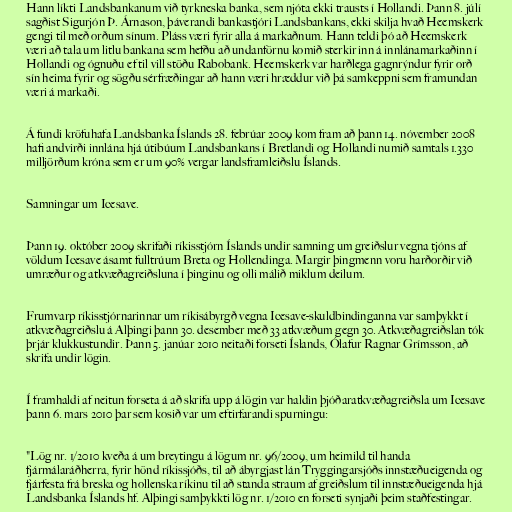
Hann líkti Landsbankanum við tyrkneska banka, sem njóta ekki trausts í Hollandi. Þann 8. júlí
sagðist Sigurjón Þ. Árnason, þáverandi bankastjóri Landsbankans, ekki skilja hvað Heemskerk
gengi til með orðum sínum. Pláss væri fyrir alla á markaðnum. Hann teldi þó að Heemskerk
væri að tala um litlu bankana sem hefðu að undanförnu komið sterkir inn á innlánamarkaðinn í
Hollandi og ógnuðu ef til vill stöðu Rabobank. Heemskerk var harðlega gagnrýndur fyrir orð
sín heima fyrir og sögðu sérfræðingar að hann væri hræddur við þá samkeppni sem framundan
væri á markaði.

Á fundi kröfuhafa Landsbanka Íslands 28. febrúar 2009 kom fram að þann 14. nóvember 2008
hafi andvirði innlána hjá útibúum Landsbankans í Bretlandi og Hollandi numið samtals 1.330
milljörðum króna sem er um 90% vergar landsframleiðslu Íslands.

Samningar um Icesave.

Þann 19. október 2009 skrifaði ríkisstjórn Íslands undir samning um greiðslur vegna tjóns af
völdum Icesave ásamt fulltrúum Breta og Hollendinga. Margir þingmenn voru harðorðir við
umræður og atkvæðagreiðsluna í þinginu og olli málið miklum deilum.

Frumvarp ríkisstjórnarinnar um ríkisábyrgð vegna Icesave-skuldbindinganna var samþykkt í
atkvæðagreiðslu á Alþingi þann 30. desember með 33 atkvæðum gegn 30. Atkvæðagreiðslan tók
þrjár klukkustundir. Þann 5. janúar 2010 neitaði forseti Íslands, Ólafur Ragnar Grímsson, að
skrifa undir lögin.

Í framhaldi af neitun forseta á að skrifa upp á lögin var haldin þjóðaratkvæðagreiðsla um Icesave
þann 6. mars 2010 þar sem kosið var um eftirfarandi spurningu:

"Lög nr. 1/2010 kveða á um breytingu á lögum nr. 96/2009, um heimild til handa
fjármálaráðherra, fyrir hönd ríkissjóðs, til að ábyrgjast lán Tryggingarsjóðs innstæðueigenda og
fjárfesta frá breska og hollenska ríkinu til að standa straum af greiðslum til innstæðueigenda hjá
Landsbanka Íslands hf. Alþingi samþykkti lög nr. 1/2010 en forseti synjaði þeim staðfestingar.